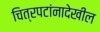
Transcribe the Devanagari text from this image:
चित्रपटांनादेखील